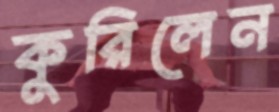
কুরিলেন